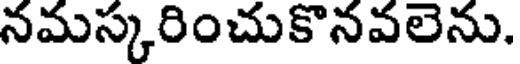
నమస్కరించుకొనవలెను.